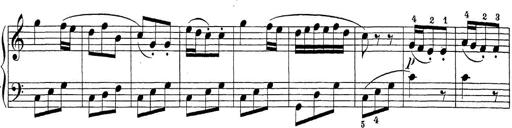
Title: Sonatina Album
Composer: Louis KÃ¶hler